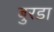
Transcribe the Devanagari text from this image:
बुरडा